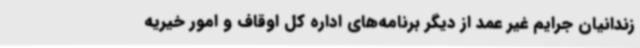
زندانیان جرایم غیر عمد از دیگر برنامه‌های اداره کل اوقاف و امور خیریه